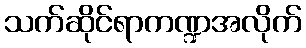
သက်ဆိုင်ရာကဏ္ဍအလိုက်